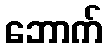
ဘောက်